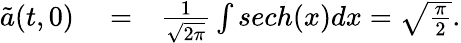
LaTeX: \begin{array}{rlr}{\tilde{a}(t,0)}&{{}=}&{\frac{1}{\sqrt{2\pi}}\int sech(x)dx=\sqrt{\frac{\pi}{2}}.}\end{array}